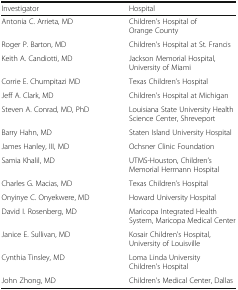
| Investigator | Hospital |
 | --- | --- |
 | Antonia C. Arrieta, MD | Children’s Hospital of Orange County |
 | Roger P. Barton, MD | Children’s Hospital at St. Francis |
 | Keith A. Candiotti, MD | Jackson Memorial Hospital, University of Miami |
 | Corrie E. Chumpitazi MD | Texas Children’s Hospital |
 | Jeff A. Clark, MD | Children’s Hospital at Michigan |
 | Steven A. Conrad, MD, PhD | Louisiana State University Health Science Center, Shreveport |
 | Barry Hahn, MD | Staten Island University Hospital |
 | James Hanley, III, MD | Ochsner Clinic Foundation |
 | Samia Khalil, MD | UTMS-Houston, Children’s Memorial Hermann Hospital |
 | Charles G. Macias, MD | Texas Children’s Hospital |
 | Onyinye C. Onyekwere, MD | Howard University Hospital |
 | David I. Rosenberg, MD | Maricopa Integrated Health System, Maricopa Medical Center |
 | Janice E. Sullivan, MD | Kosair Children’s Hospital, University of Louisville |
 | Cynthia Tinsley, MD | Loma Linda University Children’s Hospital |
 | John Zhong, MD | Children’s Medical Center, Dallas |